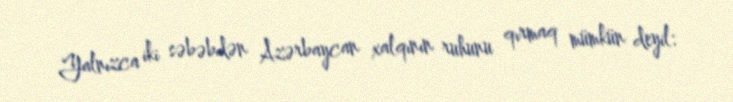
Yalnızca iki səbəbdən Azərbaycan xalqının ruhunu qırmaq mümkün deyil: